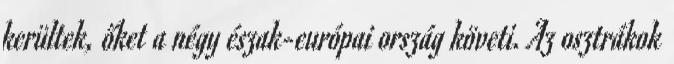
kerültek, őket a négy észak-európai ország követi. Az osztrákok